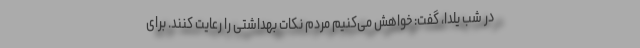
در شب یلدا، گفت: خواهش می‌کنیم مردم نکات بهداشتی را رعایت کنند. برای